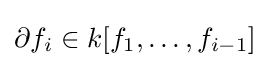
\partial f_{i}\in k[f_{1},\dots ,f_{i-1}]